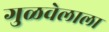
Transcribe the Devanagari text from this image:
गुळवेलाला